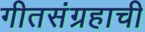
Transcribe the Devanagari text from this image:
गीतसंग्रहाची